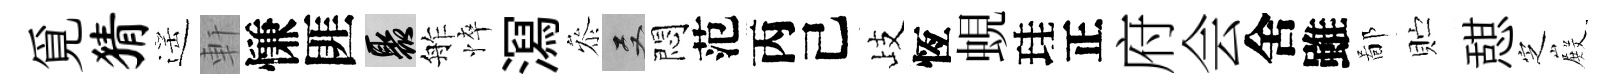
覓猜遥軒慊匪聚舴悴㵼叅双悶范丙己歧恆蜆珪正府会舍雖鄙贮憇㝎𭮺